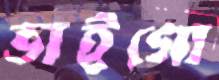
ভাইগো